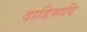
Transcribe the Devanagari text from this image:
दाडिमादि